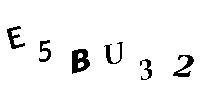
E5BU32